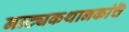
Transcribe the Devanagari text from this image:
नाट्यकथानकांचॆ